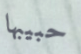
حبيبها